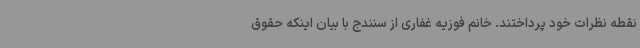
نقطه نظرات خود پرداختند. خانم فوزیه غفاری از سنندج با بیان اینکه حقوق